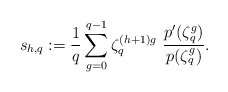
\begin{align*}s_{h,q}: =\frac{1}{q}\sum_{g=0}^{q-1}\zeta_q^{(h+1)g}~\frac{p'(\zeta_q^g)}{p(\zeta_q^g)}.\end{align*}